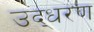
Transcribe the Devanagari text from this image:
उद्‍धरण